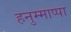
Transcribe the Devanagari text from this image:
हनुम्माप्पा